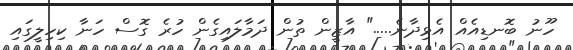
ހޫނު ބޮނޑިއެއް އެޅިދާނެ....." އާޒީން ތުން ދަމާލައިގެން ހުރެ ގޮސް ހަނާ ކިހިލީގައި